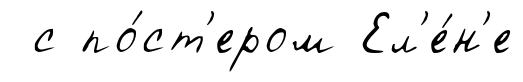
с по́ст'ером Ел'е́н'е